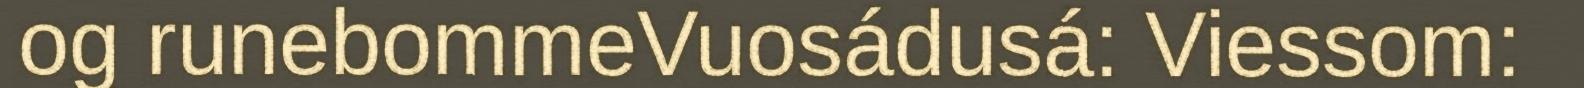
og runebommeVuosádusá: Viessom: